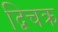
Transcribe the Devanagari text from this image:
द्विचक्र